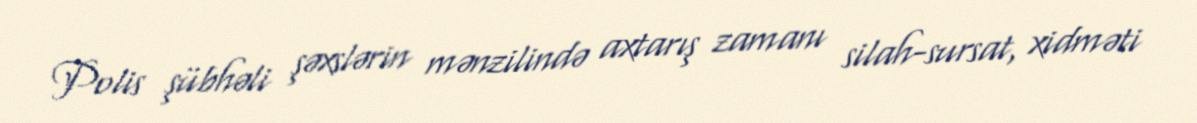
Polis şübhəli şəxslərin mənzilində axtarış zamanı silah-sursat, xidməti